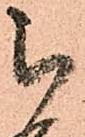
被